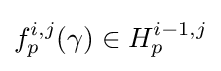
f_{p}^{i,j}(\gamma )\in H_{p}^{i-1,j}